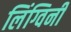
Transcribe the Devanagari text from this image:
लिंग्विनी